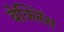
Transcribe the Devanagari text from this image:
बेक्लिंस